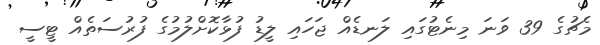
މެޗުގެ 39 ވަނަ މިނެޓުގައި ލަނޑެއް ޖަހައި ލީޑު ފުޅާކޮށްލުމުގެ ފުރުސަތެއް ޓީސީ